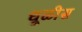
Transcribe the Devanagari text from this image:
धूळीस